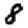
Digit: 8